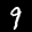
Label: 9